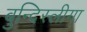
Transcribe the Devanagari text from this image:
बुन्दिस्लीगा